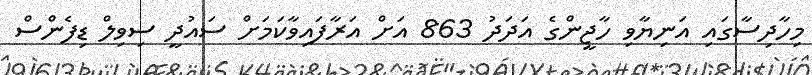
މިހާދިސާގައި އަނިޔާވި ހާޖީންގެ އަދަދު 863 އަށް އަރާފައިވާކަމަށް ސައުދީ ސިވިލް ޑިފެންސް